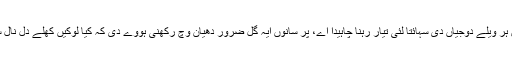
بھاویں اپنے ولوں سانوں ہر ویلے دوجیاں دی سہائتا لئی تیار رہنا چاہیدا اے، پر سانوں ایہ گل ضرور دھیان وچ رکھنی ہووے دی کہ کیا لوکیں کھلے دل نال ساڈی سہائتا منگدے نیں۔